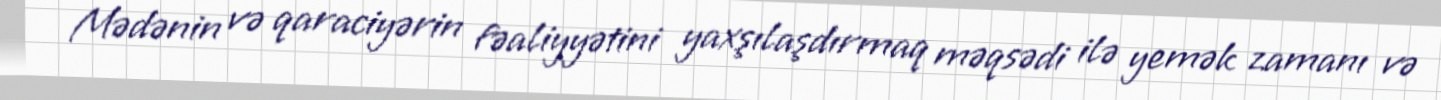
Mədənin və qaraciyərin fəaliyyətini yaxşılaşdırmaq məqsədi ilə yemək zamanı və